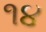
૧૪